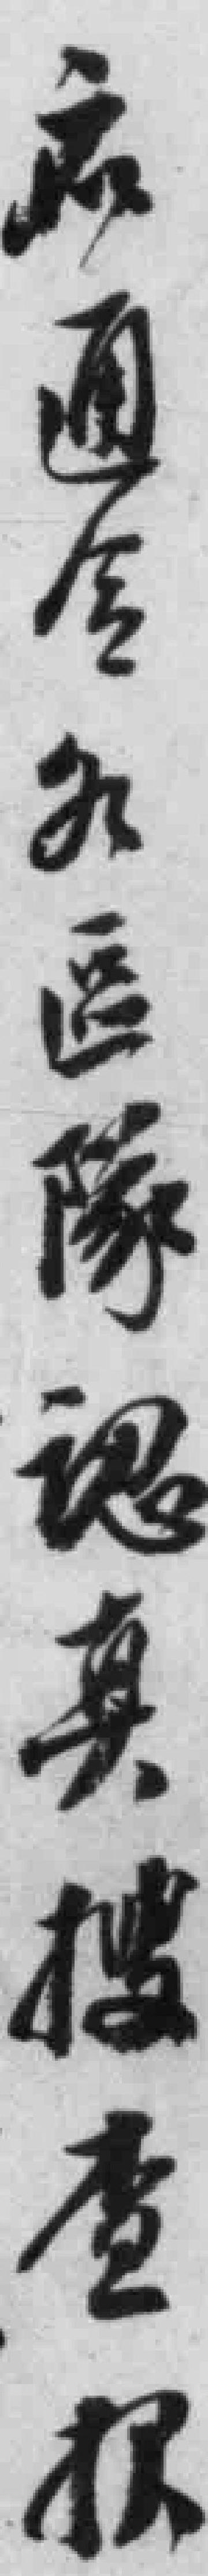
应通令各區隊認真搜查*